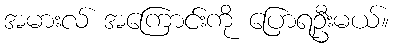
အမားလ် အကြောင်းကို ပြောရဦးမယ်။